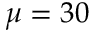
\mu = 3 0